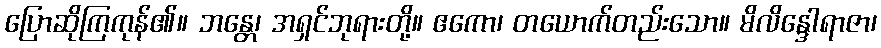
ပြောဆိုကြကုန်၏။ ဘန္တေ၊ အရှင်ဘုရားတို့။ ဧကော၊ တယောက်တည်းသော။ မိလိန္ဒေါရာဇာ၊